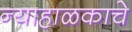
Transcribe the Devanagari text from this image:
न्याहाळकाचे